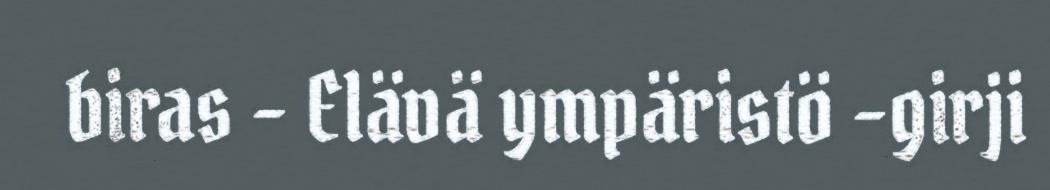
biras – Elävä ympäristö -girji